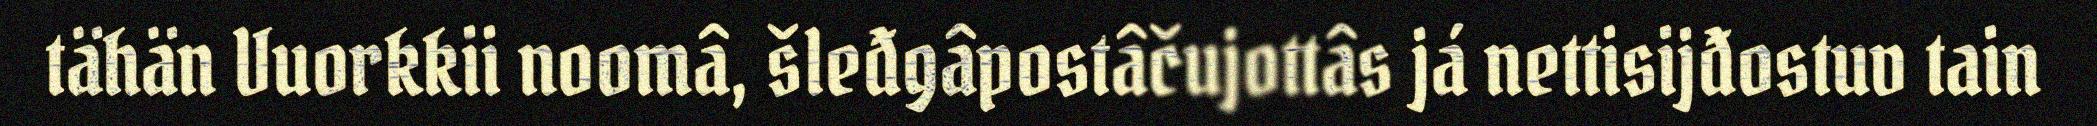
tähän Vuorkkii noomâ, šleđgâpostâčujottâs já nettisijđostuv tain